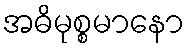
အဓိမုစ္စမာနော